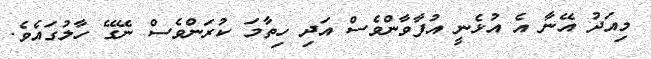
މިއަދު އޭނާ އެ އުޅެނީ އުފާވާންވެސް އަދި ހިތާމަ ކުރަންވެސް ނޭގޭ ހާލުގައެވެ.